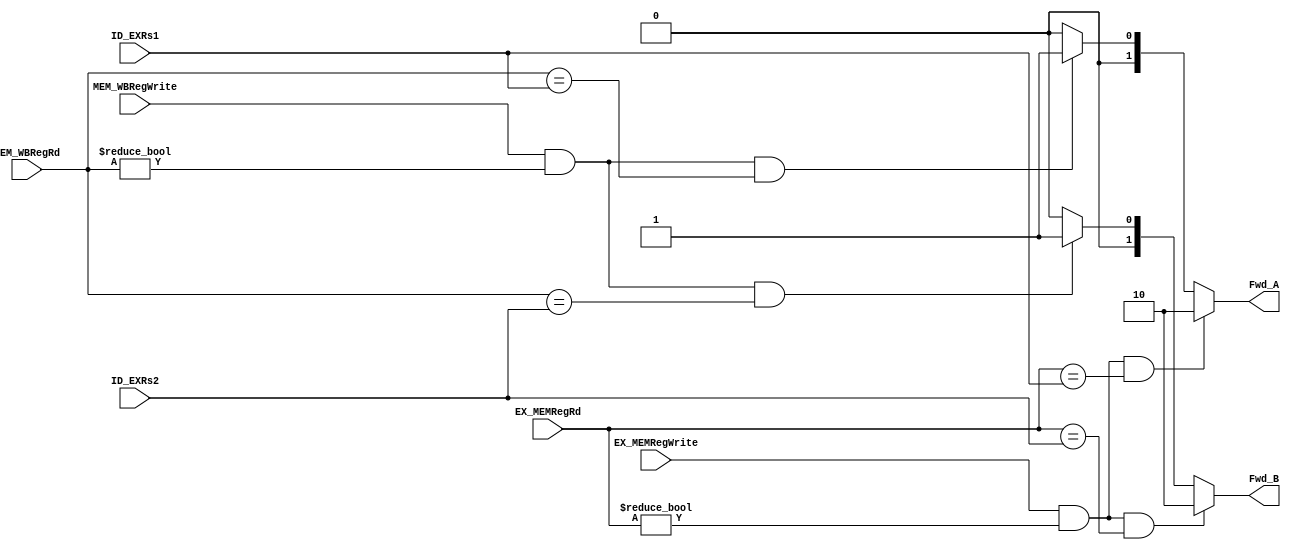
//Project: RISC-V 32 bit Architecture
//Module: Forwarding Unit (FU)
//Updated: 05/27/2020
//forwarding from ex/mem register & mem/wb register for data hazard.
//Updates:
// two always blocks for ex/mem forwarding and mem/wb forwarding

module forwarding_unit(ID_EXRs1, ID_EXRs2, EX_MEMRegRd, EX_MEMRegWrite, MEM_WBRegWrite, MEM_WBRegRd, Fwd_A, Fwd_B);

input[4:0] ID_EXRs1, ID_EXRs2, EX_MEMRegRd, MEM_WBRegRd;
input EX_MEMRegWrite, MEM_WBRegWrite;
output reg[1:0] Fwd_A, Fwd_B;

always @(ID_EXRs1, EX_MEMRegRd, EX_MEMRegWrite, MEM_WBRegWrite, MEM_WBRegRd)
    begin
        if(EX_MEMRegWrite &&(EX_MEMRegRd != 0)&&(EX_MEMRegRd == ID_EXRs1))
            begin
                Fwd_A = 2'b10;
            end
        else if(MEM_WBRegWrite &&(MEM_WBRegRd != 0)&&(MEM_WBRegRd == ID_EXRs1))
            begin
                Fwd_A = 2'b01;
            end
        else 
            begin
                Fwd_A = 2'b00;
            end
	end

always @(ID_EXRs2, EX_MEMRegRd, EX_MEMRegWrite, MEM_WBRegWrite, MEM_WBRegRd)
    begin
        if(EX_MEMRegWrite &&(EX_MEMRegRd != 0)&&(EX_MEMRegRd == ID_EXRs2))
            begin
                Fwd_B = 2'b10;
            end
        else if(MEM_WBRegWrite &&(MEM_WBRegRd != 0)&&(MEM_WBRegRd == ID_EXRs2))
            begin
                Fwd_B = 2'b01;
            end
        else 
            begin
                Fwd_B = 2'b00;
            end
    end

endmodule